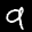
Label: 9